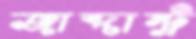
জাব্দাস্ট্র